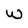
Character: W